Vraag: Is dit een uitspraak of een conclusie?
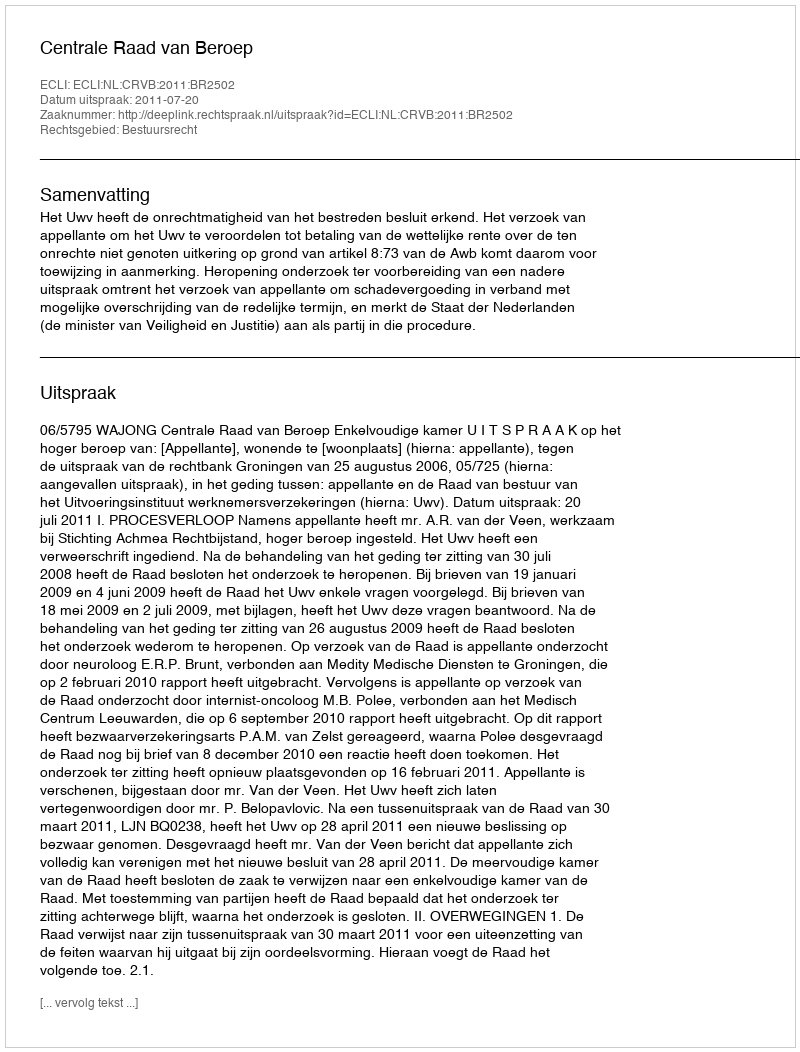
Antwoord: Uitspraak